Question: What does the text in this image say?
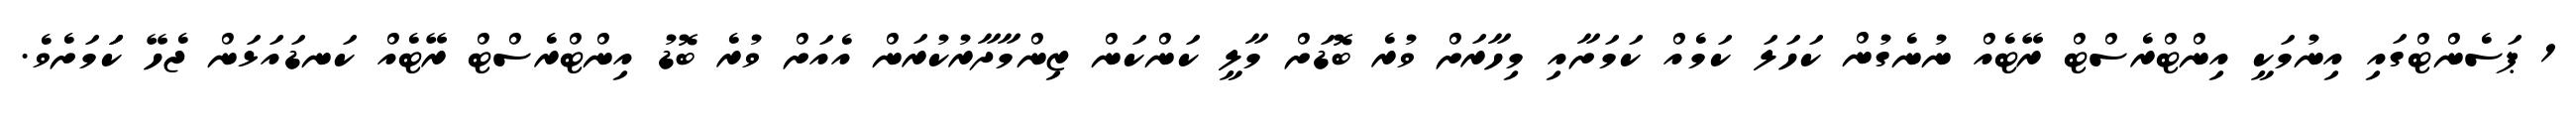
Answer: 1 ޕަސެންޓްގައި އިނުމަކީ އިންޓްރެސްޓް ރޭޓެއް ނުނެގުން ކަހަލަ ކަމެއް ކަމަށާއި މިހާރަށް ވުރެ ބޮޑަށް މާލީ ކަންކަން ޒިންމާދާރުކުރަން އެއަށް ވުރެ ބޮޑު އިންޓްރެސްޓް ރޭޓެއް ކަނޑައަޅަން ޖެހޭ ކަަމަށެވެ.